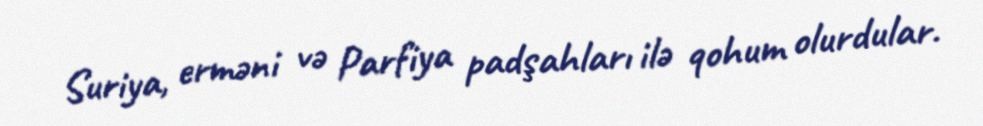
Suriya, erməni və Parfiya padşahları ilə qohum olurdular.